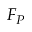
F _ { P }